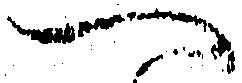
へ